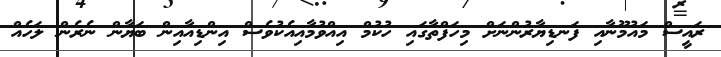
ރައީސް މައުމޫނާއި ފަނޑިޔާރުންނަށް މިހަފްތާގައި ހުކުމް އިއްވުމާއިއެކުވެސް އިންޑިއާއިން ބަޔާން ނެރެން ލަހެއް